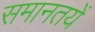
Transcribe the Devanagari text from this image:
समानतयें